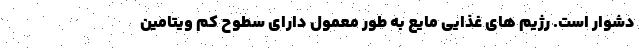
دشوار است. رژیم های غذایی مایع به طور معمول دارای سطوح کم ویتامین